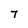
Character: 7